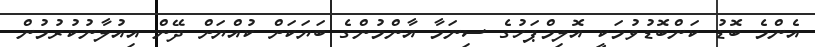
އެންމެ ބޮޑު ކަންބޮޑުވުމަކީ އޮލިމްޕަހުގެ ސިނަމާ އާންމުންގެ ބަޔަކަށް ކުއްޔަށް ދޭން އިއުލާނުކުރުމުން